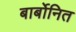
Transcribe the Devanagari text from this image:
बार्बोनित